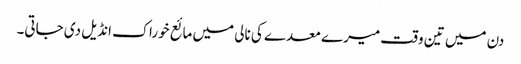
دن میں تین وقت میرے معدے کی نالی میں مائع خوراک انڈیل دی جاتی۔